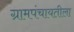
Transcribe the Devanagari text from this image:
ग्रामपंचायतीला